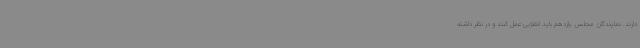
دارند. نمایندگان مجلس یازدهم باید انقلابی عمل کنند و در نظر داشته